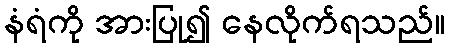
နံရံကို အားပြု၍ နေလိုက်ရသည်။